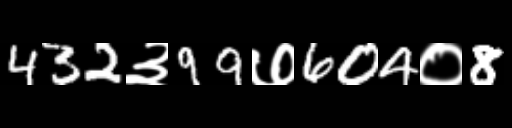
Text: 432३99७604०8